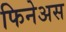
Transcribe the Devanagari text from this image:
फिनेअस